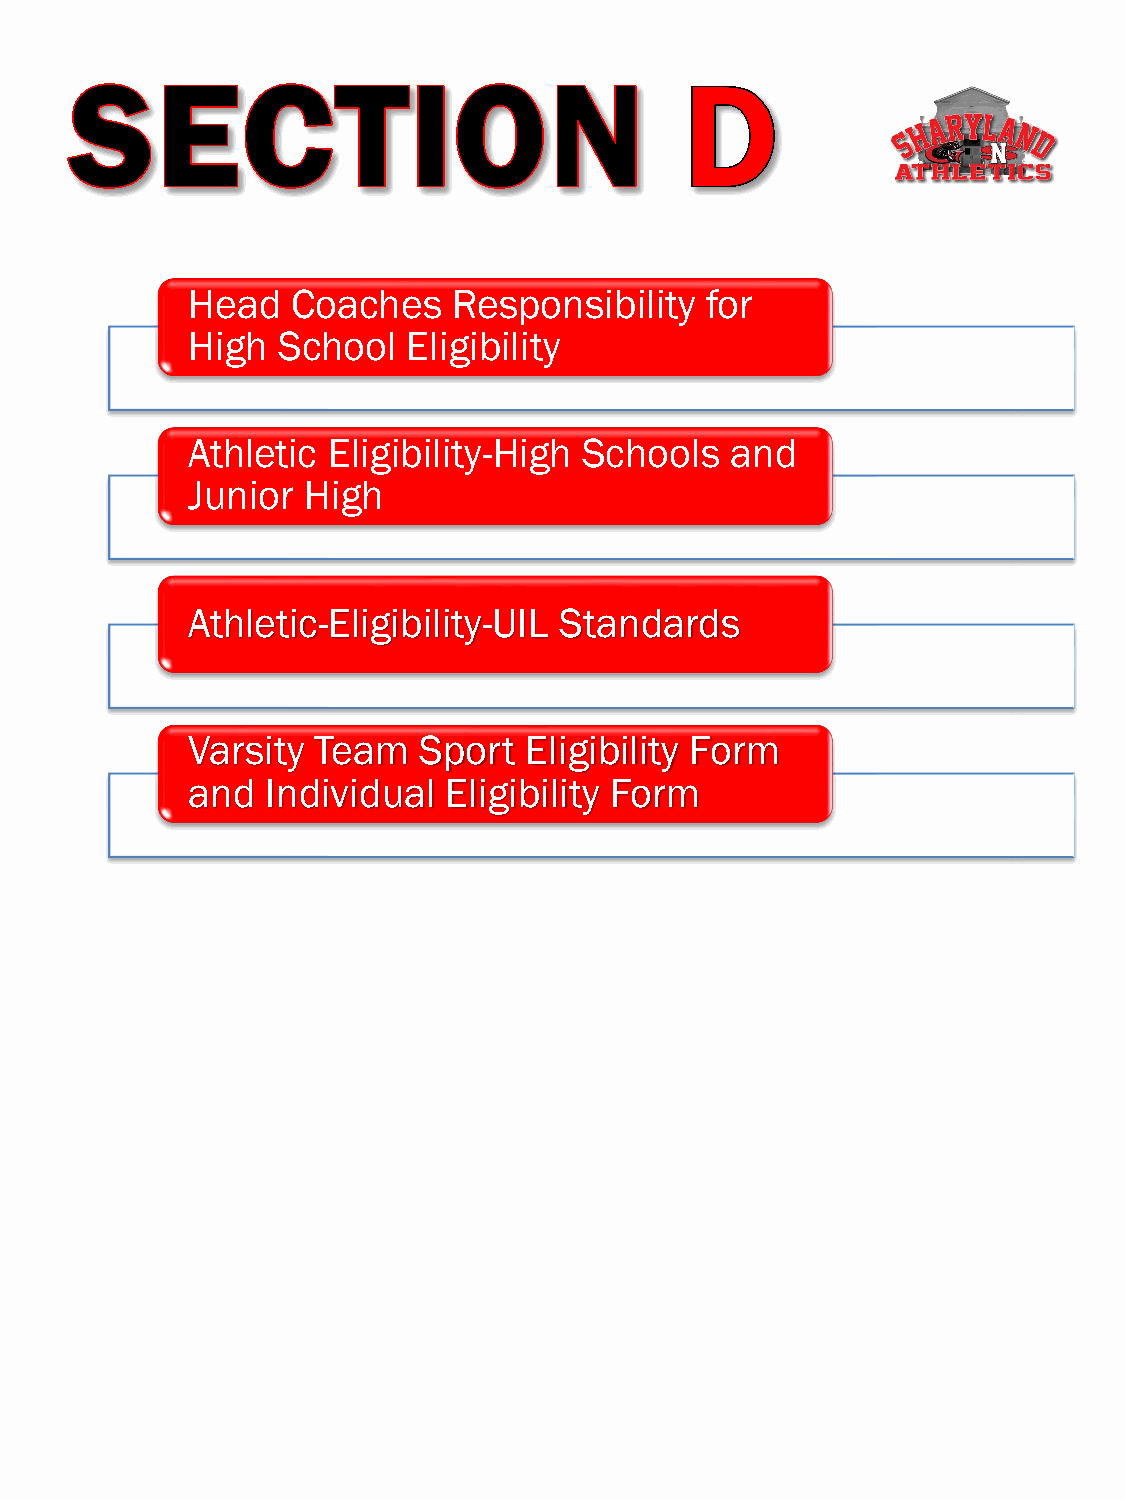
Head   Coaches    Responsibility   for
 High  School   Eligibility
 Athletic  Eligibility-High Schools  and
 Junior  High
 Athletic-Eligibility-UIL Standards
 Varsity  Team   Sport  Eligibility Form
 and   Individual  Eligibility Form